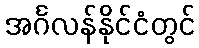
အင်္ဂလန်နိုင်ငံတွင်